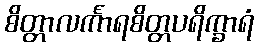
စိတ္တာလင်္ကာရစိတ္တပရိက္ခာရံ